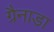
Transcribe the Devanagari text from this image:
ग्रैनाडा